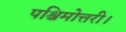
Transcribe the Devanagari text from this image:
पश्चिमोत्तरी।